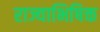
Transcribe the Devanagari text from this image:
राज्याभिषिक्त